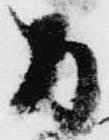
間